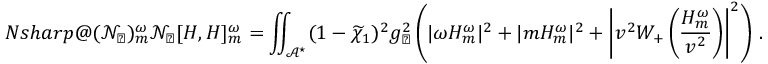
\index { N s h a r p @ ( \mathcal { N } _ { \sharp } ) _ { m } ^ { \omega } } \mathcal { N } _ { \sharp } [ H , H ] _ { m } ^ { \omega } = \iint _ { \mathcal { A } ^ { \star } } ( 1 - \widetilde { \chi } _ { 1 } ) ^ { 2 } g _ { \sharp } ^ { 2 } \left( | \omega H _ { m } ^ { \omega } | ^ { 2 } + | m H _ { m } ^ { \omega } | ^ { 2 } + \left| v ^ { 2 } W _ { + } \left( \frac { H _ { m } ^ { \omega } } { v ^ { 2 } } \right) \right| ^ { 2 } \right) \, .